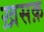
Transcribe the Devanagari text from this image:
ख़सक़